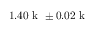
1 . 4 0 \mathrm { ~ k ~ } \pm 0 . 0 2 \mathrm { ~ k ~ }